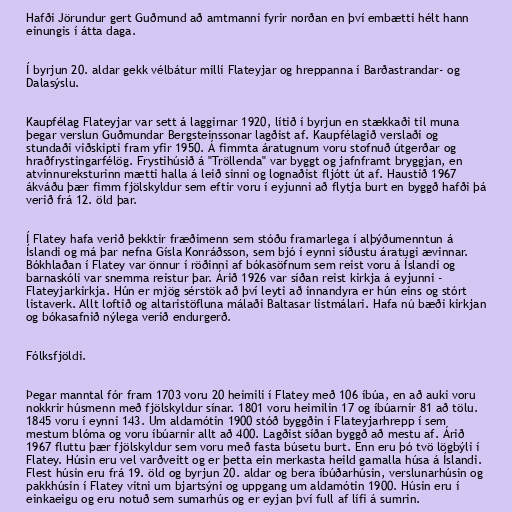
Hafði Jörundur gert Guðmund að amtmanni fyrir norðan en því embætti hélt hann
einungis í átta daga.

Í byrjun 20. aldar gekk vélbátur milli Flateyjar og hreppanna í Barðastrandar- og
Dalasýslu.

Kaupfélag Flateyjar var sett á laggirnar 1920, lítið í byrjun en stækkaði til muna
þegar verslun Guðmundar Bergsteinssonar lagðist af. Kaupfélagið verslaði og
stundaði viðskipti fram yfir 1950. Á fimmta áratugnum voru stofnuð útgerðar og
hraðfrystingarfélög. Frystihúsið á "Tröllenda" var byggt og jafnframt bryggjan, en
atvinnureksturinn mætti halla á leið sinni og lognaðist fljótt út af. Haustið 1967
ákváðu þær fimm fjölskyldur sem eftir voru í eyjunni að flytja burt en byggð hafði þá
verið frá 12. öld þar.

Í Flatey hafa verið þekktir fræðimenn sem stóðu framarlega í alþýðumenntun á
Íslandi og má þar nefna Gísla Konráðsson, sem bjó í eynni síðustu áratugi ævinnar.
Bókhlaðan í Flatey var önnur í röðinni af bókasöfnum sem reist voru á Íslandi og
barnaskóli var snemma reistur þar. Árið 1926 var síðan reist kirkja á eyjunni -
Flateyjarkirkja. Hún er mjög sérstök að því leyti að innandyra er hún eins og stórt
listaverk. Allt loftið og altaristöfluna málaði Baltasar listmálari. Hafa nú bæði kirkjan
og bókasafnið nýlega verið endurgerð.

Fólksfjöldi.

Þegar manntal fór fram 1703 voru 20 heimili í Flatey með 106 íbúa, en að auki voru
nokkrir húsmenn með fjölskyldur sínar. 1801 voru heimilin 17 og íbúarnir 81 að tölu.
1845 voru í eynni 143. Um aldamótin 1900 stóð byggðin í Flateyjarhrepp í sem
mestum blóma og voru íbúarnir allt að 400. Lagðist síðan byggð að mestu af. Árið
1967 fluttu þær fjölskyldur sem voru með fasta búsetu burt. Enn eru þó tvö lögbýli í
Flatey. Húsin eru vel varðveitt og er þetta ein merkasta heild gamalla húsa á Íslandi.
Flest húsin eru frá 19. öld og byrjun 20. aldar og bera íbúðarhúsin, verslunarhúsin og
pakkhúsin í Flatey vitni um bjartsýni og uppgang um aldamótin 1900. Húsin eru í
einkaeigu og eru notuð sem sumarhús og er eyjan því full af lífi á sumrin.